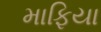
માફિયા